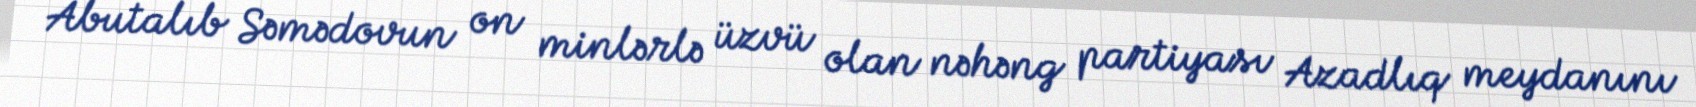
Abutalıb Səmədovun on minlərlə üzvü olan nəhəng partiyası Azadlıq meydanını